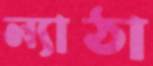
ল্যাঠা